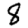
Digit: 8